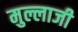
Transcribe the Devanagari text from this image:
मुल्लाजी